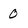
Character: 0